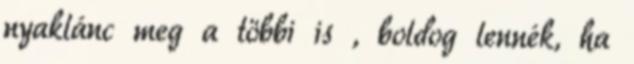
nyaklánc meg a többi is , boldog lennék, ha